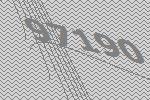
97190